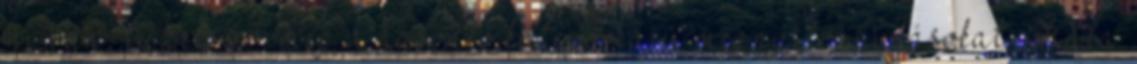
mi van, tüzelsz?” meg a hasonló kategóriájú megnyilvánulásokat. Hála